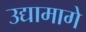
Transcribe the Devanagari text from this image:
उद्यामागे